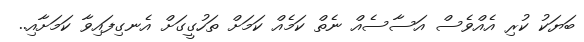
ބަޔަކު ކުރި އެއްވެސް އަސާސެއް ނެތް ކަމެއް ކަމަށް ތަހުގީގަށް އެނގިފައިވާ ކަމަށާއި..